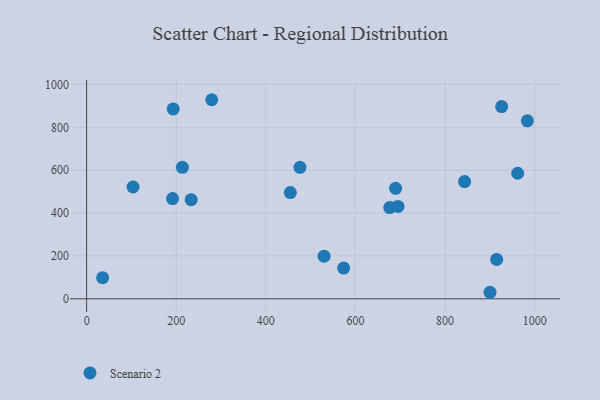
{"axis": {"x": "Investment", "y": "Rating"}, "legend": ["Scenario 2"], "data": [{"x": "676.4", "y": 425.6, "type": "Scenario 2"}, {"x": "191.8", "y": 467.7, "type": "Scenario 2"}, {"x": "454.6", "y": 495.5, "type": "Scenario 2"}, {"x": "193.2", "y": 885.9, "type": "Scenario 2"}, {"x": "573.6", "y": 143.5, "type": "Scenario 2"}, {"x": "689.5", "y": 515.6, "type": "Scenario 2"}, {"x": "529.9", "y": 199.1, "type": "Scenario 2"}, {"x": "233.3", "y": 462.7, "type": "Scenario 2"}, {"x": "476.1", "y": 613.5, "type": "Scenario 2"}, {"x": "695.0", "y": 430.8, "type": "Scenario 2"}, {"x": "983.6", "y": 830.4, "type": "Scenario 2"}, {"x": "900.3", "y": 30.5, "type": "Scenario 2"}, {"x": "915.0", "y": 183.7, "type": "Scenario 2"}, {"x": "843.5", "y": 547.0, "type": "Scenario 2"}, {"x": "926.2", "y": 897.0, "type": "Scenario 2"}, {"x": "962.0", "y": 585.8, "type": "Scenario 2"}, {"x": "35.7", "y": 98.3, "type": "Scenario 2"}, {"x": "213.7", "y": 613.6, "type": "Scenario 2"}, {"x": "279.2", "y": 928.8, "type": "Scenario 2"}, {"x": "103.6", "y": 521.7, "type": "Scenario 2"}]}